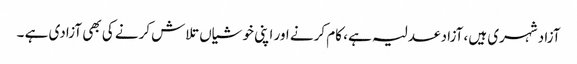
آزاد شہری ہیں، آزاد عدلیہ ہے ، کام کرنے اور اپنی خوشیاں تلاش کرنے کی بھی آزادی ہے ۔